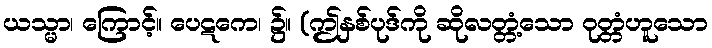
ယသ္မာ၊ ကြောင့်။ ပေဋကေ၊ ၌။ (ဤနှစ်ပုဒ်ကို ဆိုလတ္တံ့သော ဝုတ္တံဟူသော